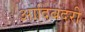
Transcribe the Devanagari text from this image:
आदिबदरी